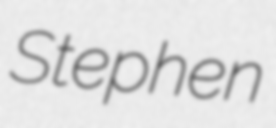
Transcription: Stephen